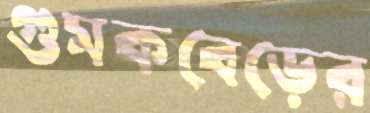
গুমকবেড়ের